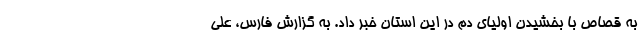
به قصاص با بخشیدن اولیای دم در این استان خبر داد. به گزارش فارس، علی